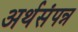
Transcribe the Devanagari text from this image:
अर्थसंपन्न